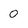
Character: 0